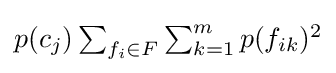
\textstyle p(c_{j})\sum _{f_{i}\in F}\sum _{k=1}^{m}p(f_{ik})^{2}